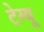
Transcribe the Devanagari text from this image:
टेग्यू